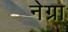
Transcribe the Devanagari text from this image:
नेग्रा